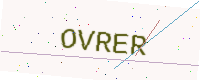
Text: OVRER